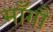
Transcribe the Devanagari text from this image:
माँगौ